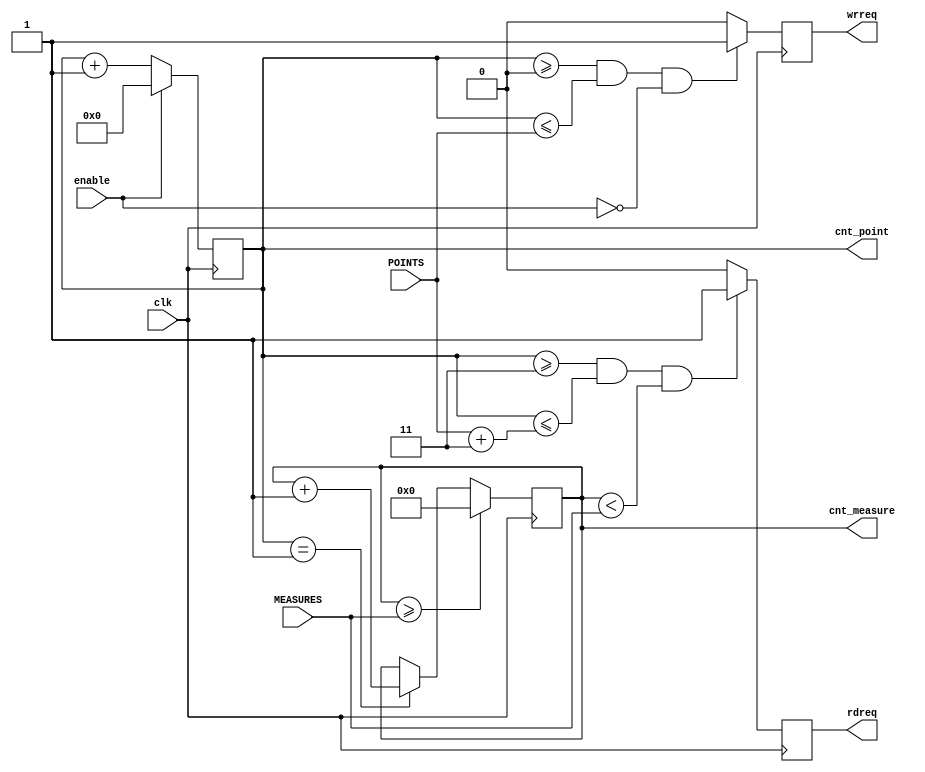
`timescale 1 ns / 10 ps
//  ,       ,  
module Action (
enable,
wrreq,
rdreq,
clk,
POINTS,
MEASURES,
cnt_point,
cnt_measure);

input enable;
input clk;
input [10:0] POINTS;
input [16:0] MEASURES;

output reg wrreq = 0;
output reg rdreq = 0;
output reg [10:0] cnt_point = 0;
output reg [16:0] cnt_measure = 0/*MEASURES-1*/; //!!!!!!!!!!!!!!!!!!!!!!!!!!!!!!!!!!!!


always @(posedge clk)
begin
	if (cnt_point >= 0 && cnt_point <= POINTS && !enable)
	wrreq <= 1'b1;
	else
	wrreq <= 1'b0;
end

always @(posedge clk)
begin
	if (cnt_point >= 3 && cnt_point <= POINTS + 3 && cnt_measure < MEASURES /*&& cnt_measure > 0*/)
	rdreq <= 1'b1;
	else
	rdreq <= 1'b0;
end

always @(posedge clk)
begin
	if (enable)
	cnt_point <= 0;
	else
	cnt_point <= cnt_point + 1;
end

always @(posedge clk)
begin
	if (cnt_measure >= MEASURES)
	cnt_measure <= 0;
	else if (cnt_point == 1)
	cnt_measure <= cnt_measure + 1;
	
end



endmodule